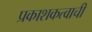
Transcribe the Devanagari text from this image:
प्रकाशकत्वाची